Indian journal of veterinary science and animal husbandry - Volume 1,
Year: 1931
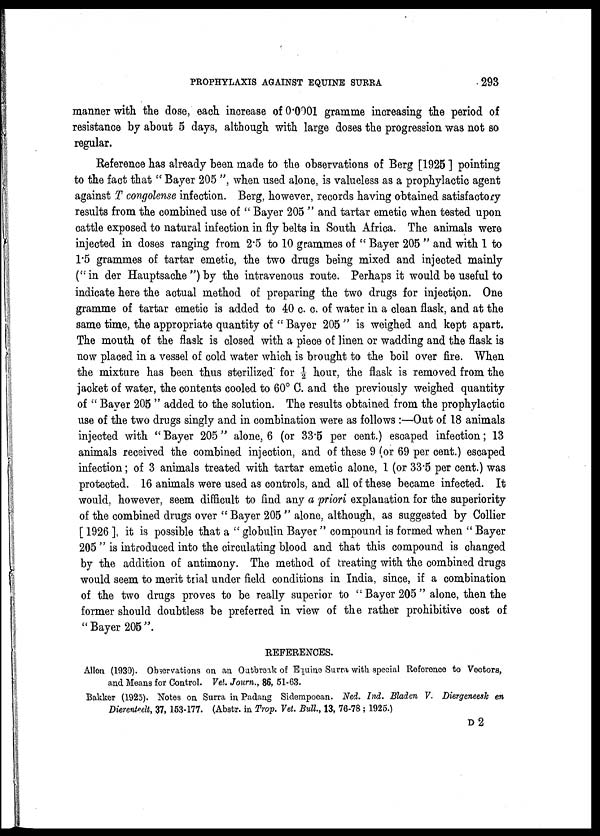
PROPHYLAXIS AGAINST EQUINE SURRA
293
manner with the dose, each increase of 0.0901 gramme increasing the period of
resistance by about 5 days, although with large doses the progression was not so
regular.
Reference has already been made to the observations of Berg [1925 ] pointing
to the fact that "Bayer 205 ", when used alone, is valueless as a prophylactic agent
against T congolense infection. Berg, however, records having obtained satisfactory
results from the combined use of " Bayer 205 " and tartar emetic when tested upon
cattle exposed to natural infection in fly belts in South Africa. The animals were
injected in doses ranging from 2.5 to 10 grammes of " Bayer 205 " and with 1 to
1.5 grammes of tartar emetic, the two drugs being mixed and injected mainly
("in der Hauptsache")by the intravenous route. Perhaps it would be useful to
indicate here the actual method of preparing the two drugs for injection. One
gramme of tartar emetic is added to 40 c. c. of water in a clean flask, and at the
same time, the appropriate quantity of " Bayer 205 " is weighed and kept apart.
The mouth of the flask is closed with a piece of linen or wadding and the flask is
now placed in a vessel of cold water which is brought to the boil over fire. When
the mixture has been thus sterilized' for ½ hour, the flask is removed from the
jacket of water, the contents cooled to 60° C. and the previously weighed quantity
of " Bayer 205 " added to the solution. The results obtained from the prophylactic
use of the two drugs singly and in combination were as follows :—Out of 18 animals
injected with "Bayer 205" alone, 6 (or 33.5 per cent.) escaped infection; 13
animals received the combined injection, and of these 9 (or 69 per cent.) escaped
infection; of 3 animals treated with tartar emetic alone, 1 (or 33.5 per cent.) was
protected. 16 animals were used as controls, and all of these became infected. It
would, however, seem difficult to find any a priori explanation for the superiority
of the combined drugs over " Bayer 205 " alone, although, as suggested by Collier
[ 1926 ], it is possible that a " globulin Bayer" compound is formed when " Bayer
205 " is introduced into the circulating blood and that this compound is changed
by the addition of antimony. The method of treating with the combined drugs
would seem to merit trial under field conditions in India, since, if a combination
of the two drugs proves to be really superior to " Bayer 205 " alone, then the
former should doubtless be preferred in view of the rather prohibitive cost of
"Bayer 205".
REFERENCES.
Allen (1930). Observations on an Outbreak of Equine Surra with special Reference to Vectors,
and Means for Control. Vet. Journ., 86, 51-63.
Bakker (1925). Notes on Surra in Padang Sidempoean. Ned. Ind. Bladen V. Diergeneesk en
Dierenteelt, 37, 153-177. (Abstr. in Trop. Vet. Bull, 13, 76-78 ; 1925.)
D 2